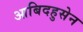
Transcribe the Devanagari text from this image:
आबिदहुसेन